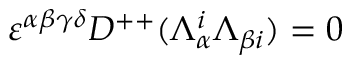
\varepsilon ^ { \alpha \beta \gamma \delta } D ^ { + + } ( \Lambda _ { \alpha } ^ { i } \Lambda _ { \beta { i } } ) = 0